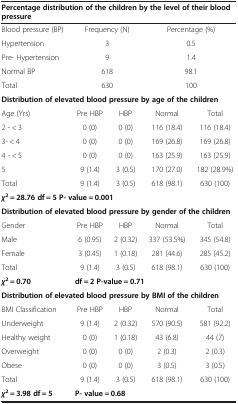
| <COLSPAN=5> Percentage distribution of the children by the level of their blood pressure |
 | --- | --- | --- | --- | --- |
 | Blood pressure (BP) | <COLSPAN=2> Frequency (N) | <COLSPAN=2> Percentage (%) |
 | Hypertension | <COLSPAN=2> 3 | <COLSPAN=2> 0.5 |
 | Pre- Hypertension | <COLSPAN=2> 9 | <COLSPAN=2> 1.4 |
 | Normal BP | <COLSPAN=2> 618 | <COLSPAN=2> 98.1 |
 | Total | <COLSPAN=2> 630 | <COLSPAN=2> 100 |
 | <COLSPAN=5> Distribution of elevated blood pressure by age of the children |
 | Age (Yrs) | Pre HBP | HBP | Normal | Total |
 | 2 - < 3 | 0 (0) | 0 (0) | 116 (18.4) | 116 (18.4) |
 | 3- < 4 | 0 (0) | 0 (0) | 169 (26.8) | 169 (26.8) |
 | 4 - < 5 | 0 (0) | 0 (0) | 163 (25.9) | 163 (25.9) |
 | 5 | 9 (1.4) | 3 (0.5) | 170 (27.0) | 182 (28.9%) |
 | Total | 9 (1.4) | 3 (0.5) | 618 (98.1) | 630 (100) |
 | <COLSPAN=5> χ2 = 28.76 df = 5 P- value = 0.001 |
 | <COLSPAN=5> Distribution of elevated blood pressure by gender of the children |
 | Gender | Pre HBP | HBP | Normal | Total |
 | Male | 6 (0.95) | 2 (0.32) | 337 (53.5%) | 345 (54.8) |
 | Female | 3 (0.45) | 1 (0.18) | 281 (44.6) | 285 (45.2) |
 | Total | 9 (1.4) | 3 (0.5) | 618 (98.1) | 630 (100) |
 | χ2 = 0.70 | <COLSPAN=4> df = 2 P-value = 0.71 |
 | <COLSPAN=5> Distribution of elevated blood pressure by BMI of the children |
 | BMI Classification | Pre HBP | HBP | Normal | Total |
 | Underweight | 9 (1.4) | 2 (0.32) | 570 (90.5) | 581 (92.2) |
 | Healthy weight | 0 (0) | 1 (0.18) | 43 (6.8) | 44 (7) |
 | Overweight | 0 (0) | 0 (0) | 2 (0.3) | 2 (0.3) |
 | Obese | 0 (0) | 0 (0) | 3 (0.5) | 3 (0.5) |
 | Total | 9 (1.4) | 3 (0.5) | 618 (98.1) | 630 (100) |
 | χ2 = 3.98 df = 5 | <COLSPAN=4> P- value = 0.68 |